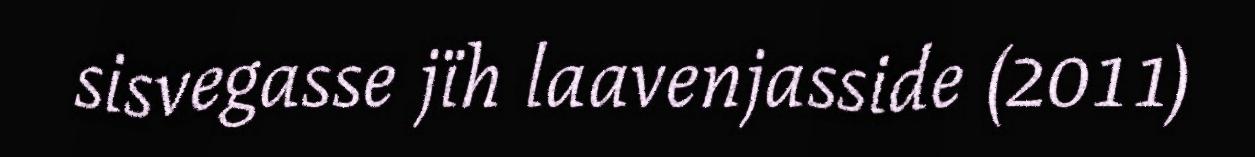
sisvegasse jïh laavenjasside (2011)